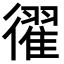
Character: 𢖈